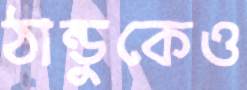
ঠান্ডুকেও